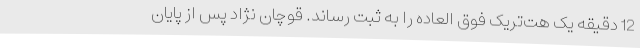
12 دقیقه یک هت‌تریک فوق العاده را به ثبت رساند. قوچان نژاد پس از پایان